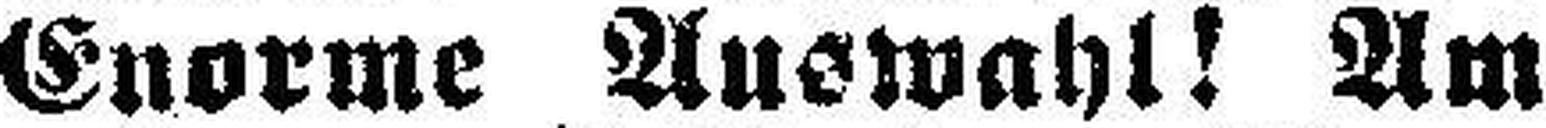
Enorme Auswahl! Am